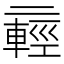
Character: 𫡸